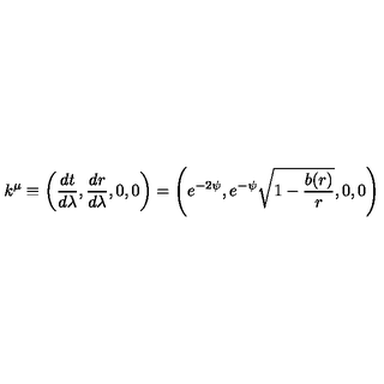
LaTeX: k ^ { \mu } \equiv \left( \frac { d t } { d \lambda } , \frac { d r } { d \lambda } , 0 , 0 \right) = \left( e ^ { - 2 \psi } , e ^ { - \psi } \sqrt { 1 - \frac { b ( r ) } { r } } , 0 , 0 \right)